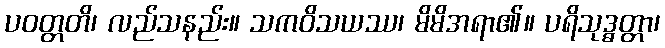
ပဝတ္တတိ၊ လည်သနည်း။ သကဝိသယဿ၊ မိမိအရာ၏။ ပရိသုဒ္ဓတ္တာ၊